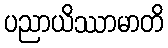
ပညာယိဿာမာတိ